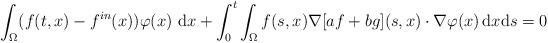
LaTeX: \begin{align*}\int_\Omega (f(t,x)-f^{in}(x)) \varphi(x)\ \mathrm{d}x +\int_0^t \int_\Omega f(s,x) \nabla[ a f + b g ](s,x) \cdot \nabla\varphi(x)\, \mathrm{d}x\mathrm{d}s =0 \end{align*}